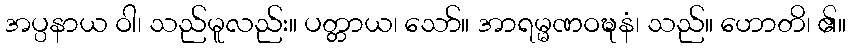
အပ္ပနာယ ဝါ၊ သည်မူလည်း။ ပတ္တာယ၊ သော်။ အာရမ္မဏဝဍ္ဎနံ၊ သည်။ ဟောတိ၊ ၏။